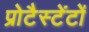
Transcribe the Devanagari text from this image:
प्रोटैस्टेंटों